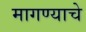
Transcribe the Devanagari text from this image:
मागण्याचे